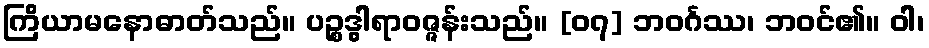
ကြိယာမနောဓာတ်သည်။ ပဉ္စဒွါရာဝဇ္ဇန်းသည်။ [၀၇] ဘဝင်္ဂဿ၊ ဘဝင်၏။ ဝါ၊